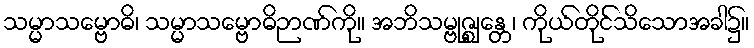
သမ္မာသမ္ဗောဓိ၊ သမ္မာသမ္ဗောဓိဉာဏ်ကို။ အဘိသမ္ဗုဇ္ဈန္တေ၊ ကိုယ်တိုင်သိသောအခါ၌။